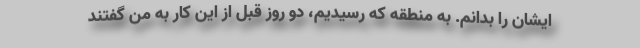
ایشان را بدانم. به منطقه که رسیدیم، دو روز قبل از این کار به من گفتند